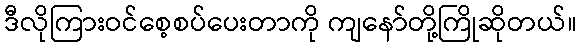
ဒီလိုကြားဝင်စေ့စပ်ပေးတာကို ကျနော်တို့ကြိုဆိုတယ်။